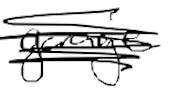
Text: garage
Cross-out: scratch
Writing tool: digital_black